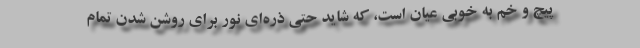
پیچ و خم به خوبی عیان است، که شاید حتی ذره‌ای نور برای روشن شدن تمام